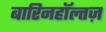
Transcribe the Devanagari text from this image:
बारिनहाॅल्तज़